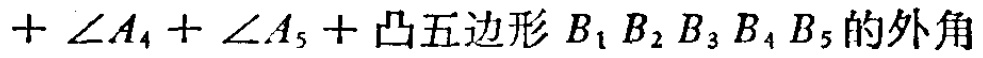
$+ \angle A_{4} + \angle A_{5} + 凸五边形 B_{1}B_{2}B_{3}B_{4}B_{5}的外角$